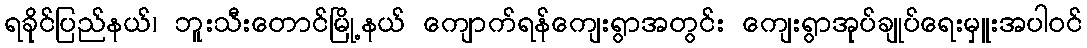
ရခိုင်ပြည်နယ်၊ ဘူးသီးတောင်မြို့နယ် ကျောက်ရန်ကျေးရွာအတွင်း ကျေးရွာအုပ်ချုပ်ရေးမှူးအပါဝင်